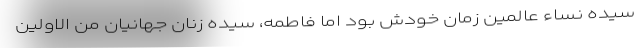
سیده نساء عالمین زمان خودش بود اما فاطمه، سیده زنان جهانیان من الاولین